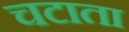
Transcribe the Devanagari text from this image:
चटाता